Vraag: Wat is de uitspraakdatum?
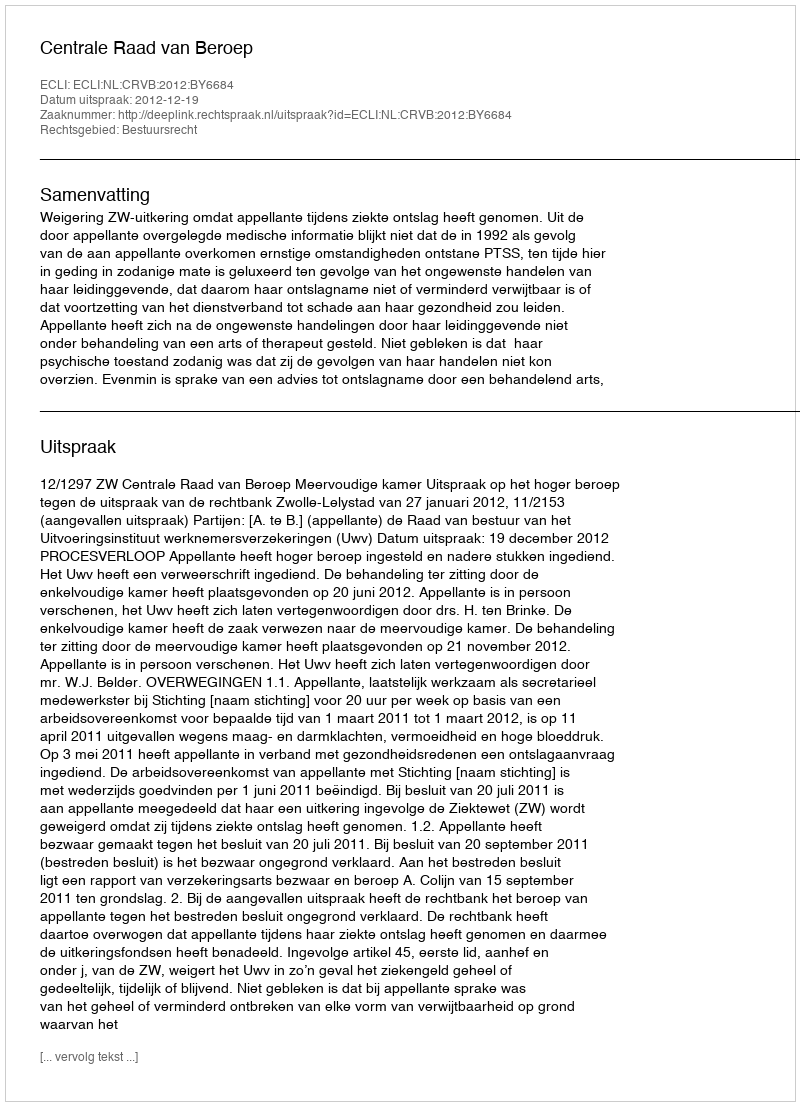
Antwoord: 2012-12-19